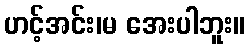
ဟင့်အင်း၊မ အေးပါဘူး။